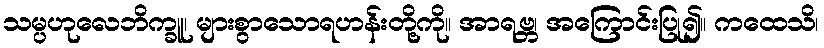
သမ္ပဟုလေဘိက္ခူ၊ များစွာသောရဟန်းတို့ကို။ အာရဗ္ဘ၊ အကြောင်းပြု၍။ ကထေသိ၊